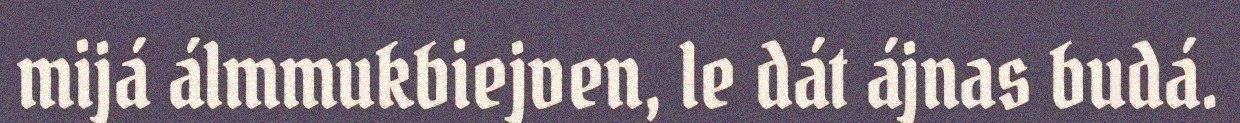
mijá álmmukbiejven, le dát ájnas budá.